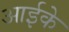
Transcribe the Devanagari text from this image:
आईके